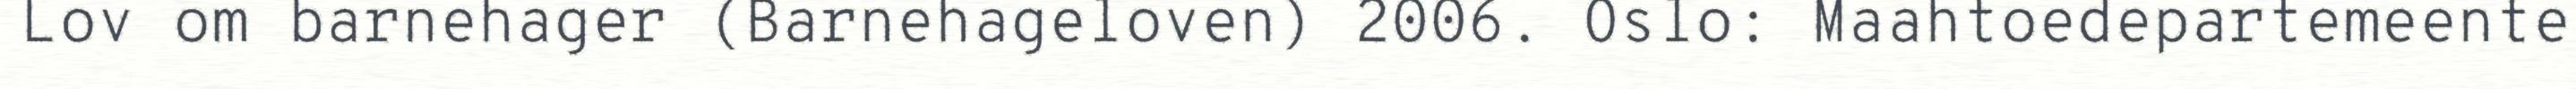
Lov om barnehager (Barnehageloven) 2006. Oslo: Maahtoedepartemeente